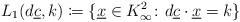
LaTeX: \begin{align*} L_1(d\underline{c},k)\coloneqq \{\underline{x}\in K_\infty^2\colon d\underline{c}\cdot\underline{x}=k\}\end{align*}